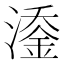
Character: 𬈹